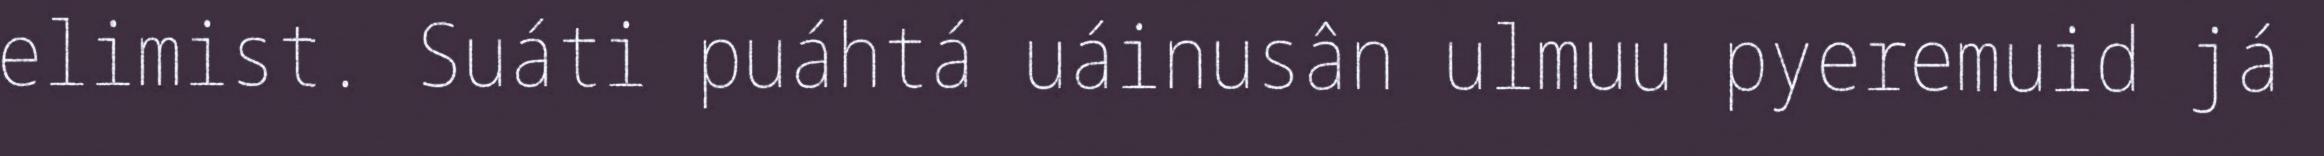
elimist. Suáti puáhtá uáinusân ulmuu pyeremuid já